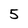
Character: 5